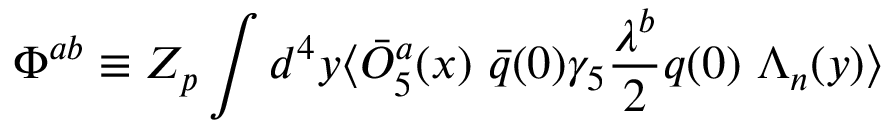
\Phi ^ { a b } \equiv Z _ { p } \int d ^ { 4 } y \langle \bar { O } _ { 5 } ^ { a } ( x ) \ \bar { q } ( 0 ) \gamma _ { 5 } { \frac { \lambda ^ { b } } { 2 } } q ( 0 ) \ \Lambda _ { n } ( y ) \rangle